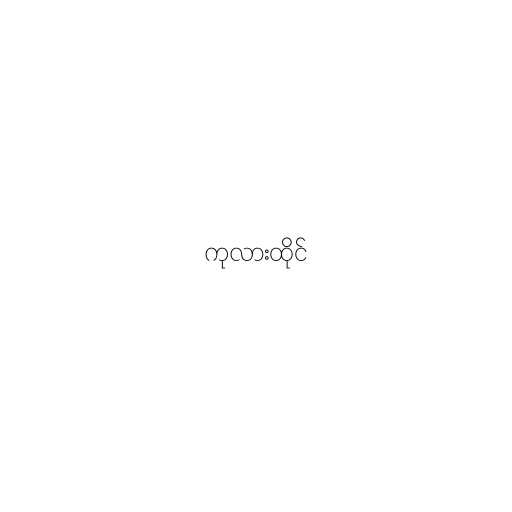
ကုလားထိုင်